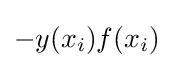
-y(x_{i})f(x_{i})